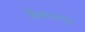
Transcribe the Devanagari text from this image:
जैकारूज़